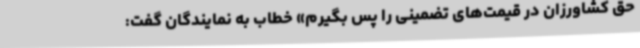
حق کشاورزان در قیمت‌های تضمینی را پس بگیرم» خطاب به نمایندگان گفت: